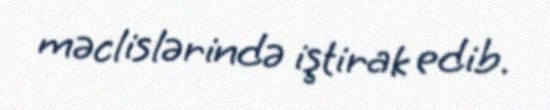
məclislərində iştirak edib.